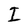
Character: I